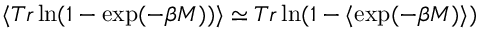
\langle T r \ln ( 1 - \exp ( - \beta M ) ) \rangle \simeq T r \ln ( 1 - \langle \exp ( - \beta M ) \rangle )